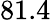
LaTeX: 81.4